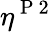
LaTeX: \eta^{\mathrm{~P~2~}}